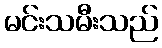
မင်းသမီးသည်